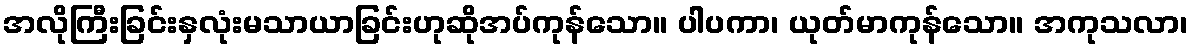
အလိုကြီးခြင်းနှလုံးမသာယာခြင်းဟုဆိုအပ်ကုန်သော။ ပါပကာ၊ ယုတ်မာကုန်သော။ အကုသလာ၊